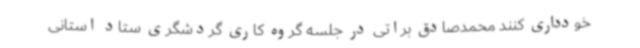
خودداری کنند محمدصادق براتی در جلسه گروه کاری گردشگری ستاد استانی